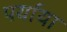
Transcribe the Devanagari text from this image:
पर्याया